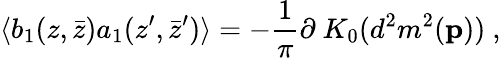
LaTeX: \langle b_{1}(z,\bar{z})a_{1}(z^{\prime},\bar{z}^{\prime})\rangle=-{\frac{1}{\pi}}\partial~K_{0}(d^{2}m^{2}({\mathbf p}))~,